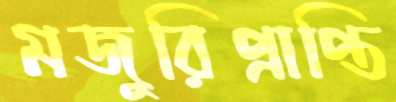
মজুরিপ্রাপ্তি